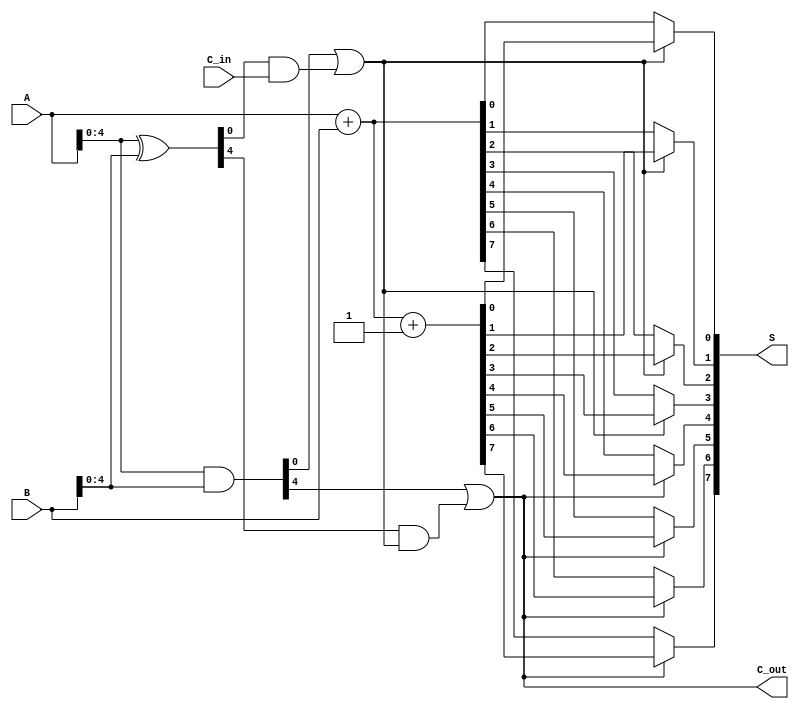
module ParallelPrefixCarrySelectAdder #(parameter N = 8) (
    input [N-1:0] A,       // First operand
    input [N-1:0] B,       // Second operand
    input C_in,            // Carry input
    output [N-1:0] S,      // Sum output
    output C_out           // Carry output
);

    // Generate (G) and Propagate (P) signals
    wire [N-1:0] G, P;
    assign G = A & B;       // G[i] = A[i] & B[i]
    assign P = A ^ B;       // P[i] = A[i] ^ B[i]

    // Intermediate carry signals
    wire [N/4:0] C; // Carry signals for each block
    wire [N-1:0] S0, S1; // Sum outputs assuming C_in = 0 and C_in = 1

    // Carry Generate and Propagate blocks
    generate
        genvar i;
        for (i = 0; i < N/4; i = i + 1) begin : carry_block
            // Compute carries for the blocks
            if (i == 0) begin
                // First block
                assign C[i] = G[4*i] | (P[4*i] & C_in);
            end else begin
                // Subsequent blocks
                assign C[i] = G[4*i] | (P[4*i] & C[i-1]);
            end
        end
    endgenerate

    // Compute sums for both cases (C_in = 0 and C_in = 1)
    assign S0 = A + B;                   // S0[i] = A[i] + B[i] (C_in = 0)
    assign S1 = A + B + 1;               // S1[i] = A[i] + B[i] + 1 (C_in = 1)

    // Select the appropriate sum based on computed carry signals
    generate
        for (i = 0; i < N; i = i + 1) begin : sum_selection
            assign S[i] = (C[i/4] == 1'b0) ? S0[i] : S1[i]; // Select sum based on carry
        end
    endgenerate

    // Final carry-out
    assign C_out = C[N/4 - 1]; // Carry out from the last block

endmodule